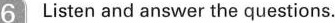
6 Listen and answer the questions.